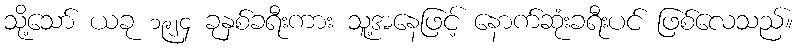
သို့သော် ယခု ၁၉၂၄ ခုနှစ်ခရီးကား သူ့အနေဖြင့် နောက်ဆုံးခရီးပင် ဖြစ်လေသည်။